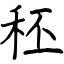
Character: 秠